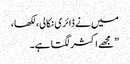
میں نے ڈائری نکالی، لکھا،
”مجھے اکثر لگتا ہے۔